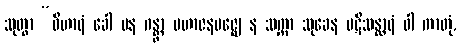
သုတွာ “ဝိဟာရံ ခေါ ပန ဂန္တွာ မဟာဇနမဇ္ဈေ န သက္ကာ သုခေန ပဋိသန္ထာရံ ဝါ ကာတုံ,